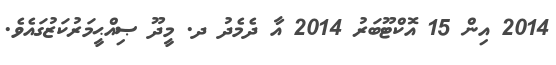
2014 އިން 15 އޮކްޓޫބަރު 2014 އާ ދެމެދު ދ. މީދޫ ޞިއްޙީމަރުކަޒުގައެވެ.